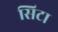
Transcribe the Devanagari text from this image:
सिटा